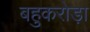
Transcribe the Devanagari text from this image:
बहुकरोड़ा